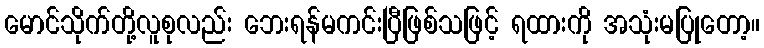
မောင်သိုက်တို့လူစုလည်း ဘေးရန်မကင်းပြီဖြစ်သဖြင့် ရထားကို အသုံးမပြုတော့။